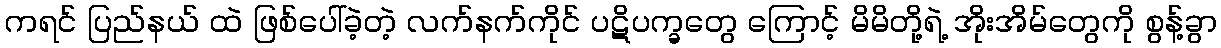
ကရင် ပြည်နယ် ထဲ ဖြစ်ပေါ်ခဲ့တဲ့ လက်နက်ကိုင် ပဋိပက္ခတွေ ကြောင့် မိမိတို့ရဲ့ အိုးအိမ်တွေကို စွန့်ခွာ